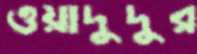
ওয়াদুদুর